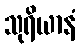
သုရိယာနံ